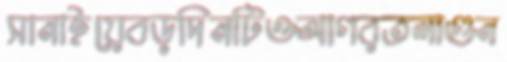
সানাইয়েবড়দিনটিওআগরতলাগুন